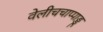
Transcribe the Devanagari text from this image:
वेलीचचाप्पाड्डू